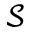
\mathcal { S }